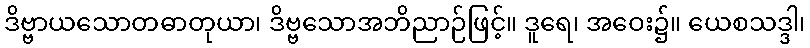
ဒိဗ္ဗာယသောတဓာတုယာ၊ ဒိဗ္ဗသောအဘိညာဉ်ဖြင့်။ ဒူရေ၊ အဝေး၌။ ယေစသဒ္ဒါ၊